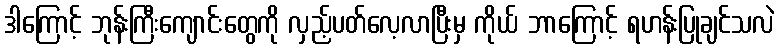
ဒါကြောင့် ဘုန်းကြီးကျောင်းတွေကို လှည့်ပတ်လေ့လာပြီးမှ ကိုယ် ဘာကြောင့် ရဟန်းပြုချင်သလဲ